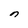
Character: n